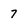
Character: 7